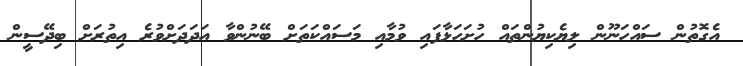
އެގޮތުން ސައްހަނޫން ލިޔެކިޔުންތައް ހުށަހަޅާފައި ވުމާއި މަސައްކަތަށް ބޭނުންވާ އަދަދަށްވުރެ އިތުރަށް ބިދޭސީން